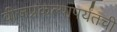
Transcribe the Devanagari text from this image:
वीजप्रकल्पापर्यंतची